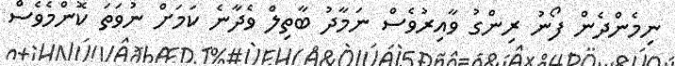
ނިމެންދެން ފޯނު ރިންގު ވާއިރުވެސް ނަމާދު ބާތިލް ވެދާނެ ކަމަށް ނުވަތަ ކޮންމެވެސް